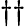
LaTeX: \dagger\dagger